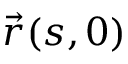
{ \vec { r } } ( s , 0 )